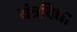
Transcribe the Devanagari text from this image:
यंत्रविद्या